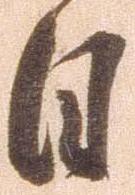
日